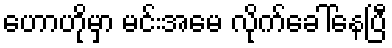
ဟောဟိုမှာ မင်းအမေ လိုက်ခေါ်နေပြီ